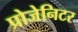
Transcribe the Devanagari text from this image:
प्रोजेनिटर